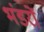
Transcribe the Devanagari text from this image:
भंडरों